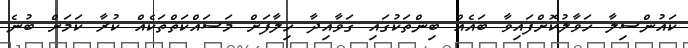
ކައުންސިލާ ހަވާލުކޮށްފައިވާ ބައެއް ބިންތަކުގައި ގަވާއިދާ ހިލާފަށް މަސައްކަތްތަކެއް ކުރާ ކަމަށް ބުނެ